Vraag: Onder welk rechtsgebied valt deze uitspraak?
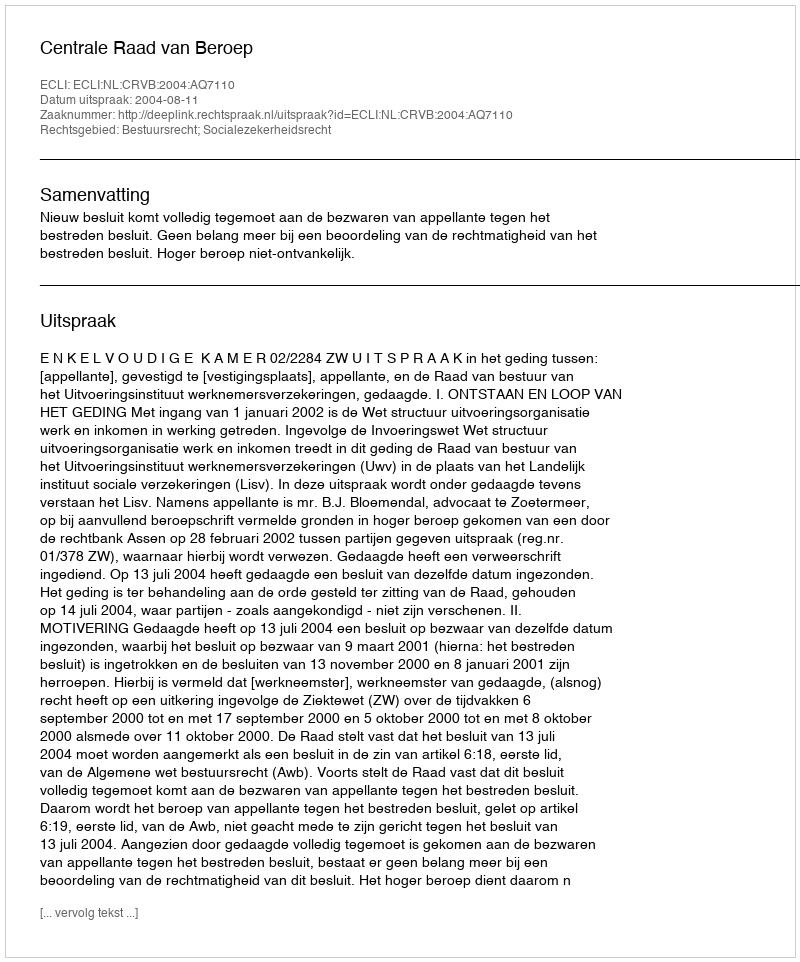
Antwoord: Bestuursrecht; Socialezekerheidsrecht